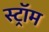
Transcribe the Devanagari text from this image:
स्ट्रॉम